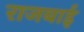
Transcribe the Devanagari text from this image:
राजबाई